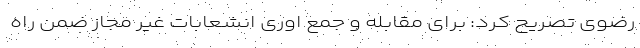
رضوی تصریح کرد: برای مقابله و جمع اوری انشعابات غیر مجاز ضمن راه‌